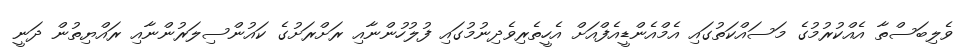
ވެލިބަސްތާ އެއްކުރުމުގެ މަސައްކަތުގައި އެމްއެންޑީއެފްއަށް އެހީތެރިވެދިނުމުގައި ފުލުހުންނާއި ރަށްރަށުގެ ކައުންސިލަރުންނާއި ރައްޔިތުން ދަނީ